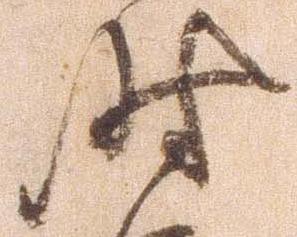
時